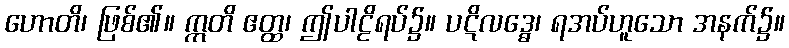
ဟောတိ၊ ဖြစ်၏။ ဣတိ ဧတ္ထ၊ ဤပါဠိရပ်၌။ ပဋိလဒ္ဓေ၊ ရအပ်ဟူသော အနက်၌။